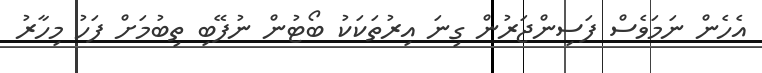
އެހެން ނަމަވެސް ފަސިންޖަރުން ގިނަ އިރުތަކަކު ބޯޓުން ނުފޭބި ތިބުމަށް ފަހު މިހާރު